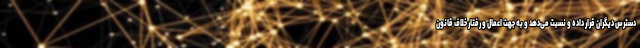
دسترس دیگران قرار داده و نسبت می‌دهد و به جهت اعمال و رفتار خلاف قانون